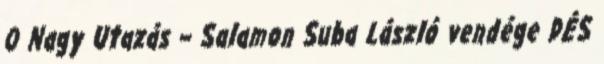
0 Nagy Utazás – Salamon Suba László vendége DÉS